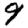
Digit: 9